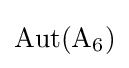
\operatorname {Aut} (\mathrm {A} _{6})